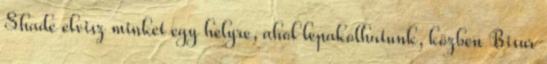
Shade elvisz minket egy helyre, ahol lepakolhatunk, közben Bisur